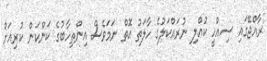
ރާއްޖޭގައި ސިއްހީ ކުއްލި ނުރައްކަލުގެ ހާލަތު އޮތް ނަމަވެސް އިންތިހާބުގެ ކަންކަން ކުރިއަށް